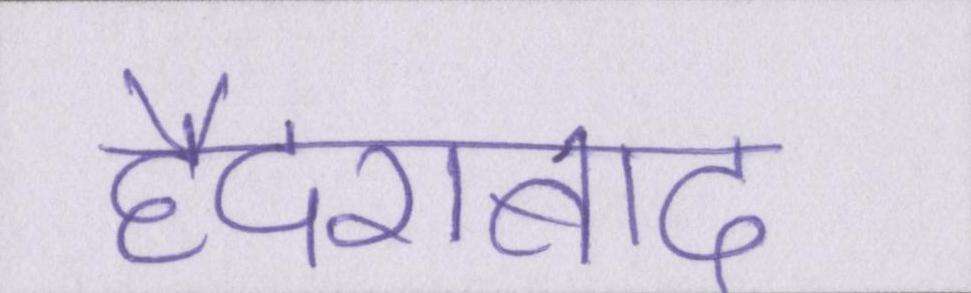
हैदराबाद